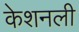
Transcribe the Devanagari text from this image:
केशनली